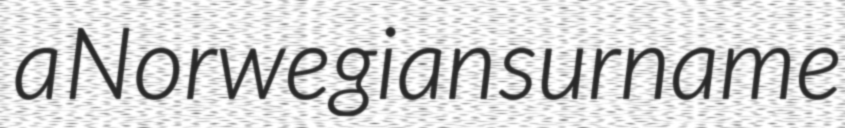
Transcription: a Norwegian surname